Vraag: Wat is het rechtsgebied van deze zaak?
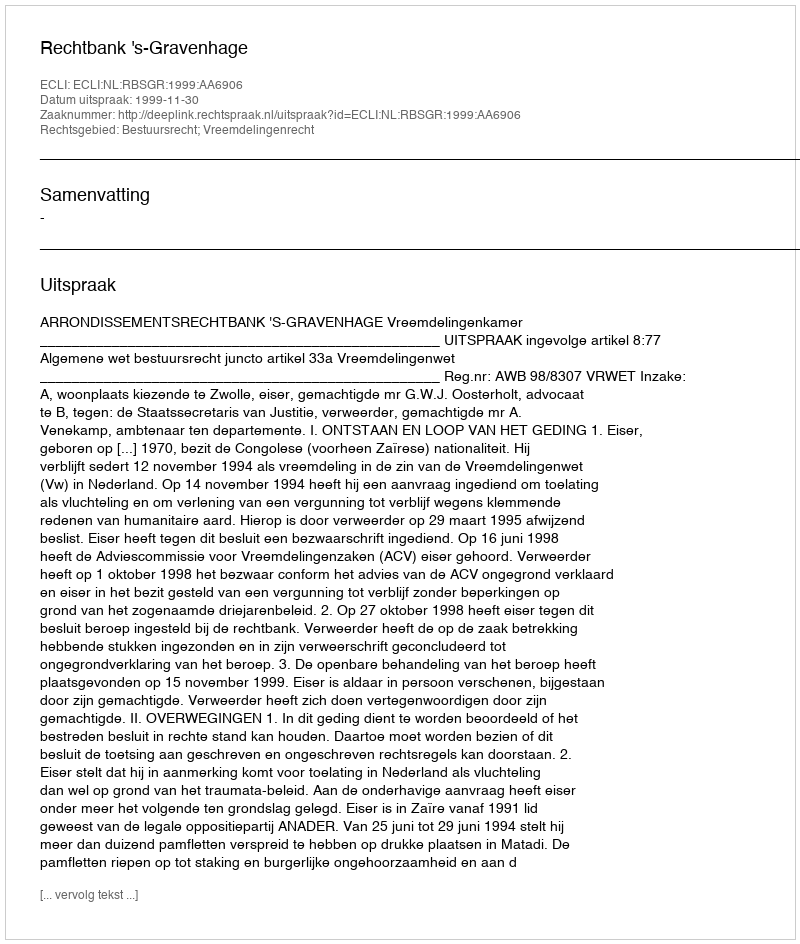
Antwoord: Bestuursrecht; Vreemdelingenrecht